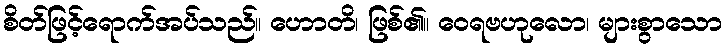
စိတ်ဖြင့်ရောက်အပ်သည်။ ဟောတိ၊ ဖြစ်၏။ ဝေရဗဟုလော၊ များစွာသော